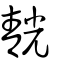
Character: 靗